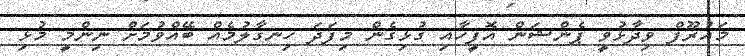
މައުރޫފް ވިދާޅުވީ ޕެންޝަން އޮފީހާއި ގުޅިގެން މިފަދަ ހިނގާލުމެއް ބޭއްވުމަށް ނިންމީ މުޅި